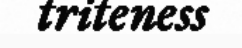
triteness